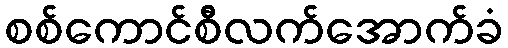
စစ်ကောင်စီလက်အောက်ခံ